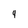
Character: 9